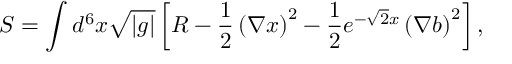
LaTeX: S = \int d ^ { 6 } x \sqrt { | g | } \left[ R - \frac { 1 } { 2 } \left( \nabla x \right) ^ { 2 } - \frac { 1 } { 2 } e ^ { - \sqrt { 2 } x } \left( \nabla b \right) ^ { 2 } \right] ,